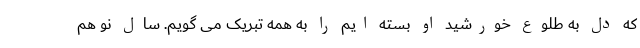
که دل به طلوع خورشید او بسته ایم را به همه تبریک می گویم. سال نو هم